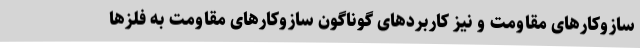
سازوکارهای مقاومت و نیز کاربردهای گوناگون سازوکارهای مقاومت به فلزها